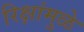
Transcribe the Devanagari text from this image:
रिक्षांमुळे